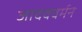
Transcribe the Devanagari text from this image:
जादववर्मन